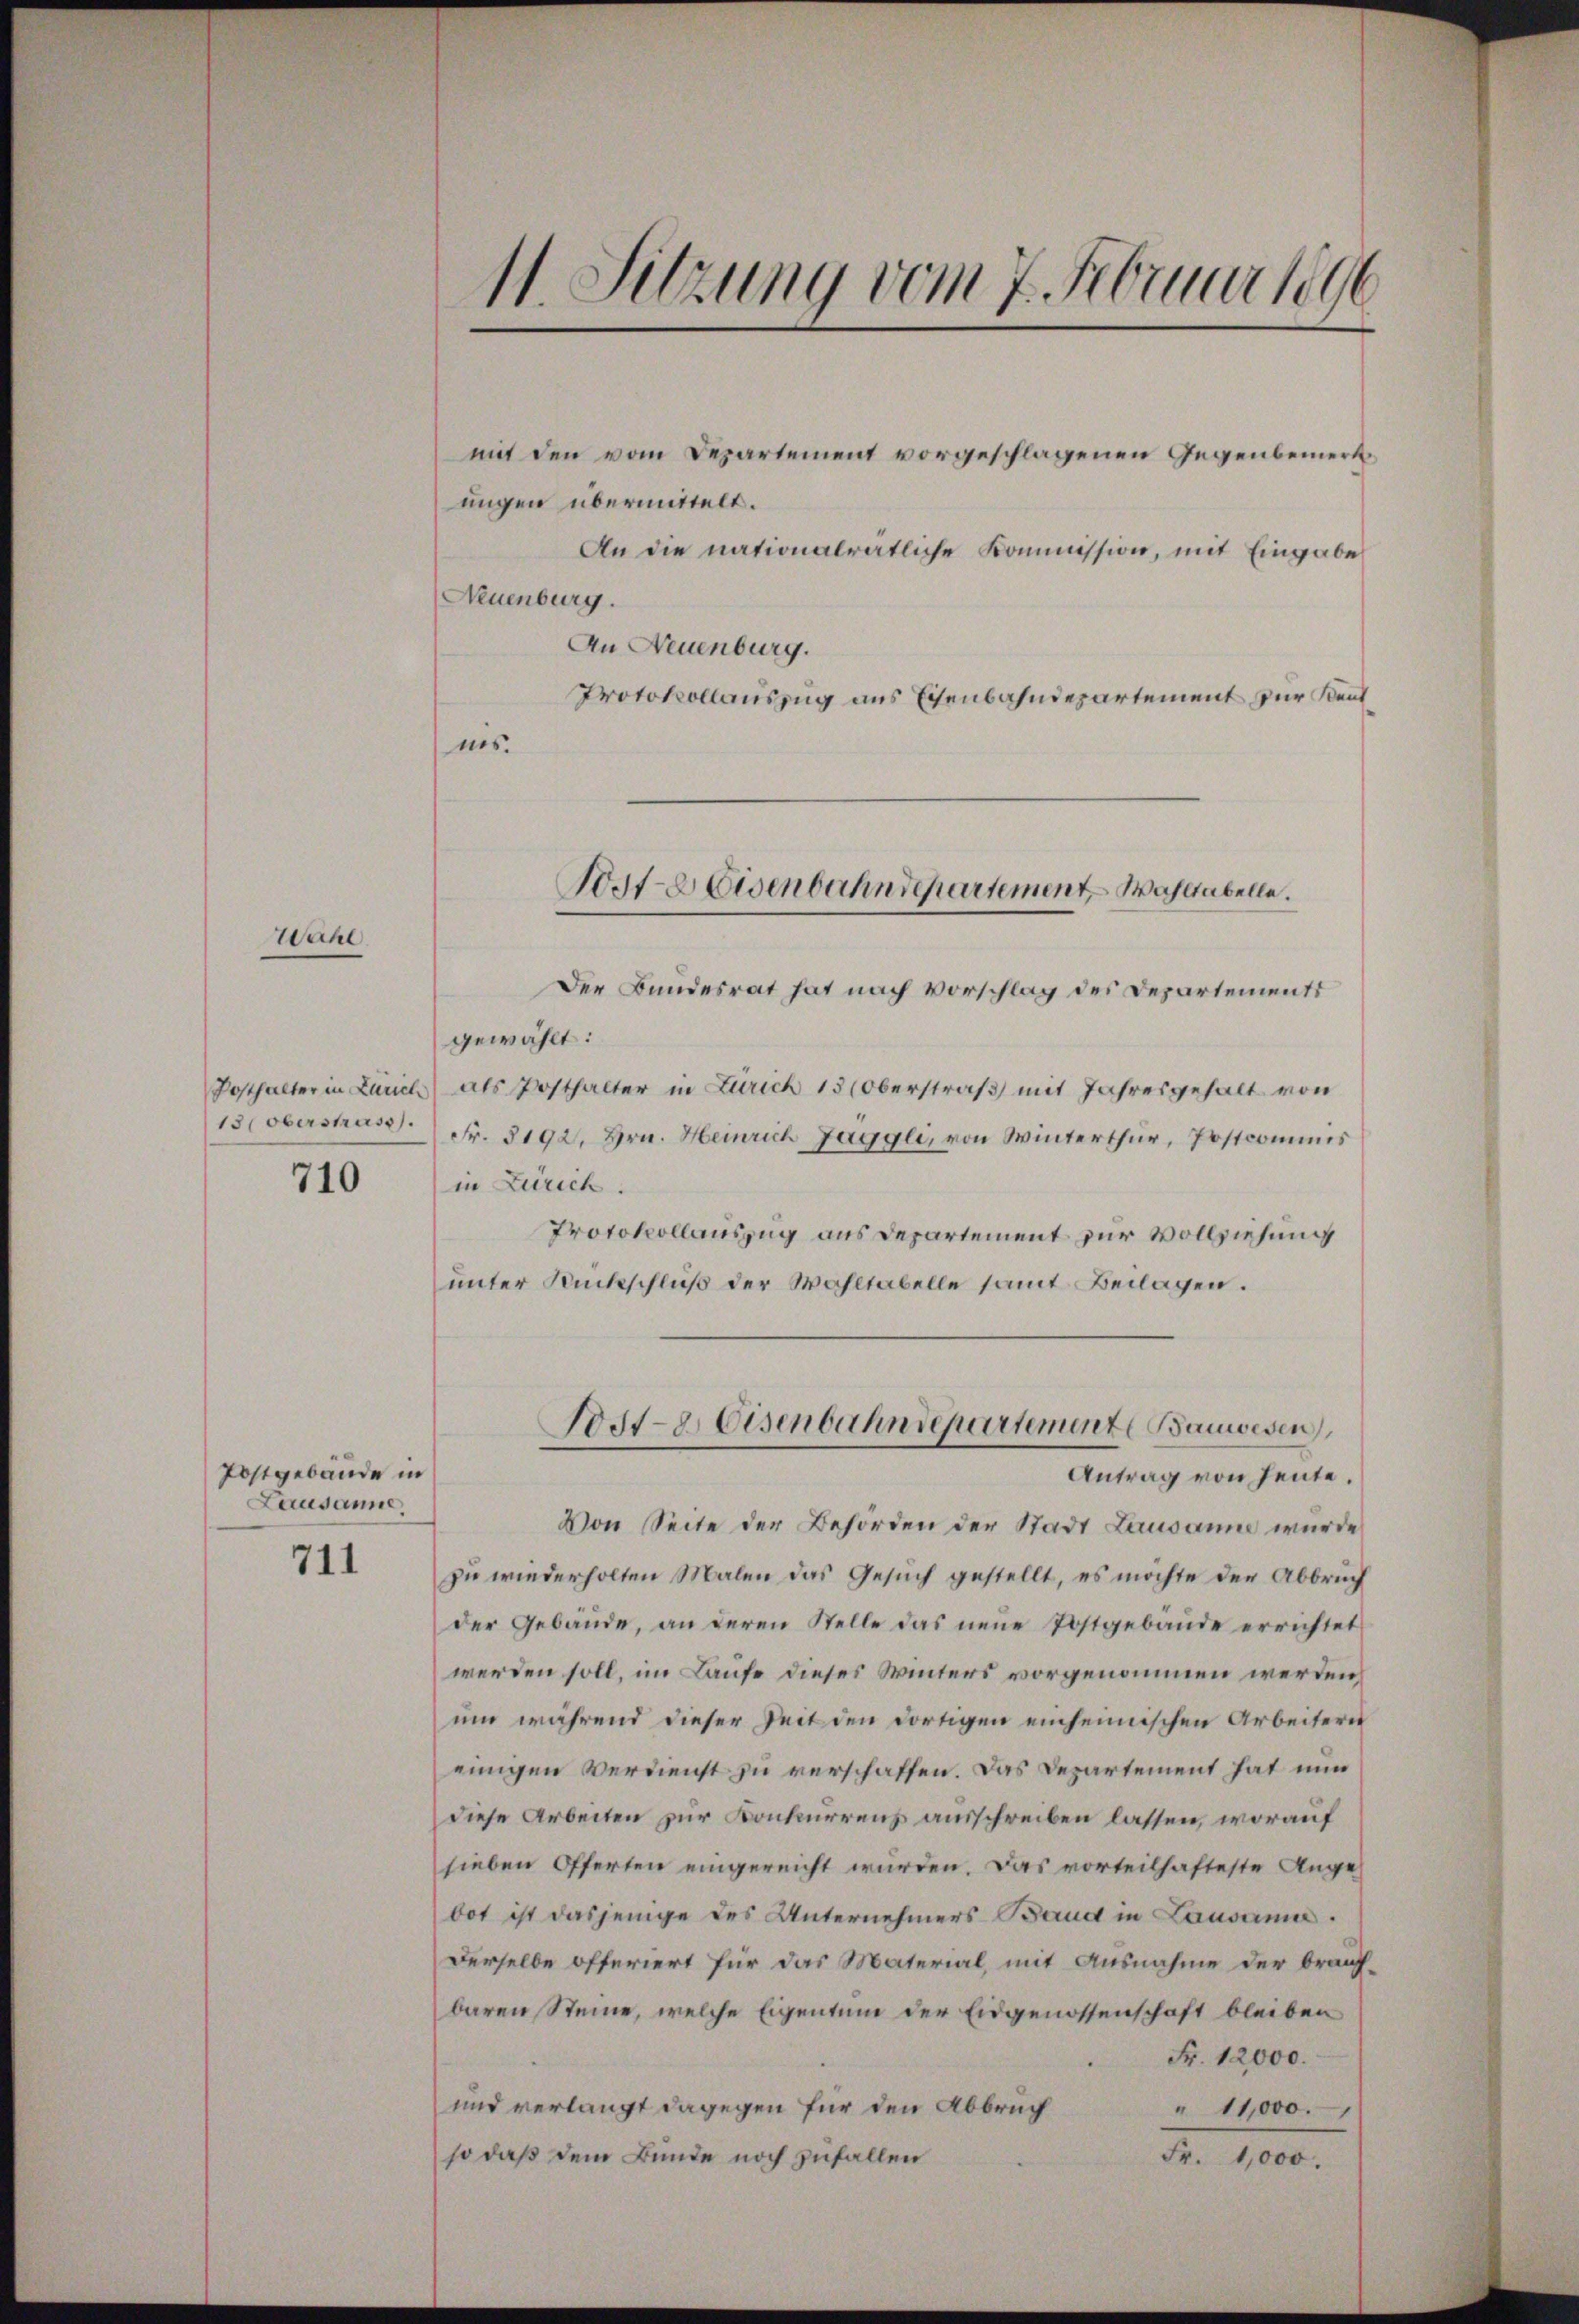
Wahl

13 (oberstrass
710

Postgebäude in
Lausanne.

711

Es
11. Sitzung vom 7. Februar 1896

mit den vom Departement vorgeschlagenen Gegenbemerkungen übermittelt.
An die nationalrätliche Kommission, mit Eingabe
Neuenburg.
An Neuenburg.
Protokollauszug aus Eisenbahndepartement zur Kentnis.

Post-Weisenbahndepartement Wahltabelle.

Der Bundesrat hat nach Vorschlag des Departements
gewählt:
Posthalter in Zürich als Posthalter in Zürich 15 (Oberstraß mit Jahresgehalt von
Fr. 3192, Hrn. Heinrich Jäggli, von Winterthur, Postcommis
in Zürich.
Protokollauszug aus Departement zur Vollziehung
unter Rückschluß der Wahltabelle samt Beilagen.
Von Seite der Behörden der Stadt Lausanne wurde
zu wiederholten Malen das Gesuch gestellt, es möchte der Abbruch
der Gebäŭde, an deren Stelle das neŭe Postgebäŭde errichtet
werden soll, im Laufe dieses Winters vorgenommen werden,
um während dieser Zeit den dortigen einheimischen Arbeitern
einigen Verdienst zu verschaffen. Das Departement hat nun
diese Arbeiten zur Konkurrenz ausschreiben lassen, worauf
sieben Offerten eingereicht wurden. Das vorteilhafteste Ange-
bot ist dasjenige des Unternehmers Band in Lausamm
Derselbe offeriert für das Material, mit Ausnahme der brach-
baren Steine, welche Eigentum der Eidgenossenschaft bleiben
Fr. 12000.
und verlangt dagegen für den Abbruch
" 11,000.
so daß dem Bunde noch zufallen
Fr. 1,000.

Post- & Eisenbahndepartemente Bauwesen),
Antrag von heute.